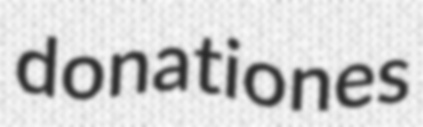
donationes